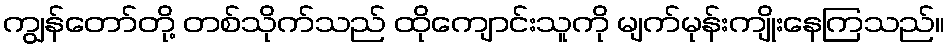
ကျွန်တော်တို့ တစ်သိုက်သည် ထိုကျောင်းသူကို မျက်မုန်းကျိုးနေကြသည်။